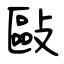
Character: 敺